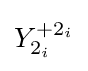
Y_{2_{i}}^{+2_{i}}